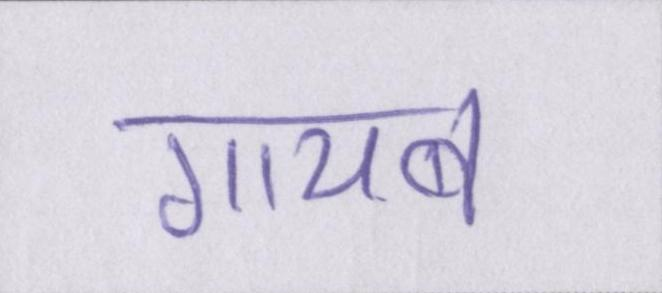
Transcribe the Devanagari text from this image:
गायब